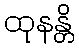
ထုနန္တိ